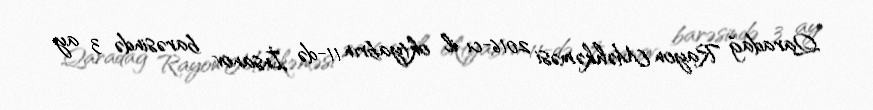
Qaradağ Rayon Məhkəməsi 2016-cı il oktyabrın 11-də İnsanov barəsində 3 ay